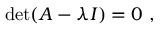
\operatorname* { d e t } ( A - \lambda I ) = 0 ~ ,